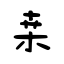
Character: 桒